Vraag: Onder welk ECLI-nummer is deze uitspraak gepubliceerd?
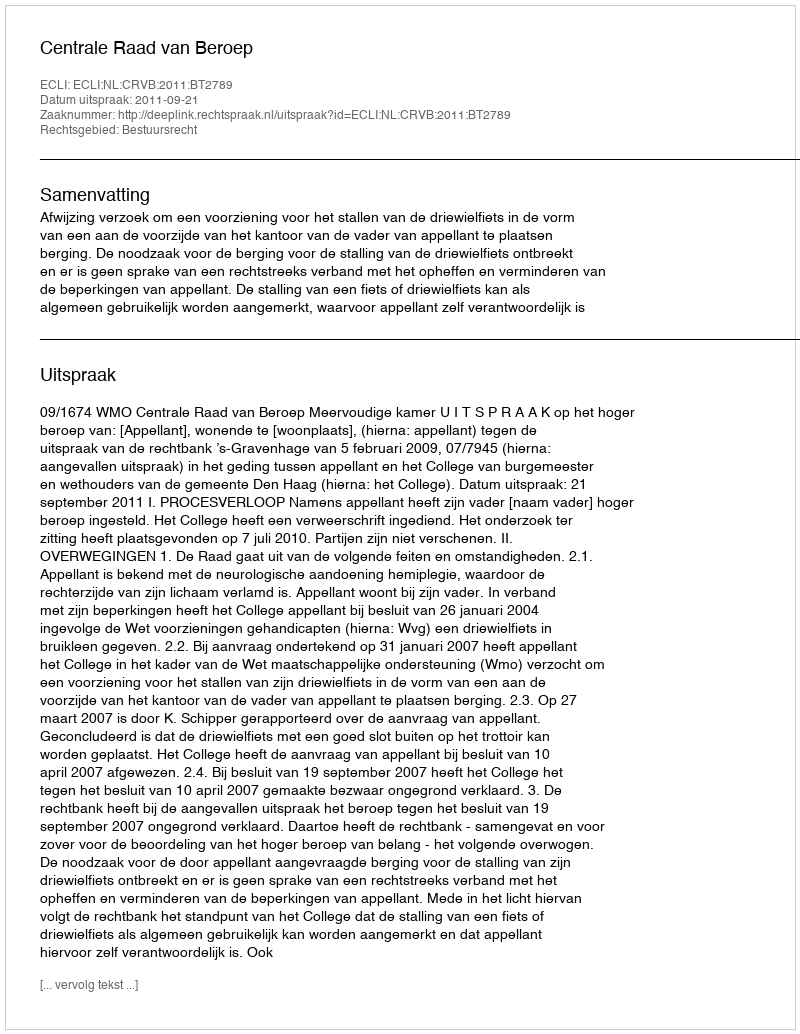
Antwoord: ECLI:NL:CRVB:2011:BT2789